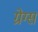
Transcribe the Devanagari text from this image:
ग्रेग्स